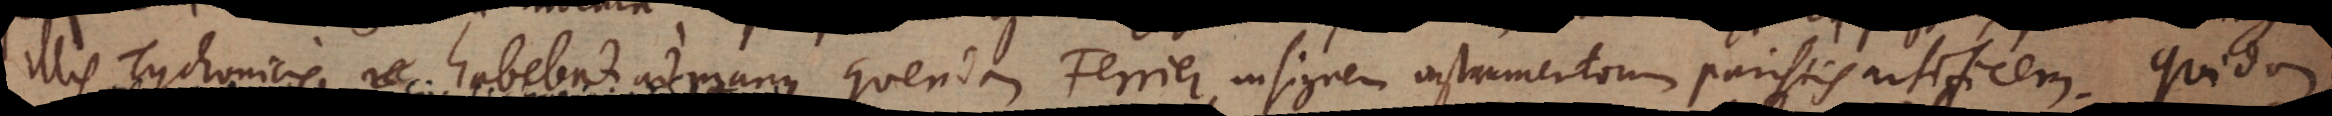
illis Tychonicis habebat ad manus quendam Ferrier, insignem instrumentorum Parisiis artificem. Quidam